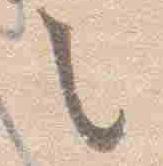
之